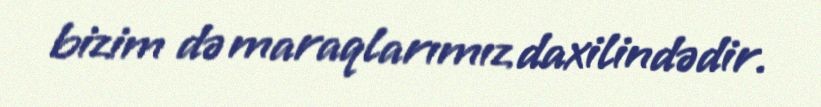
bizim də maraqlarımız daxilindədir.